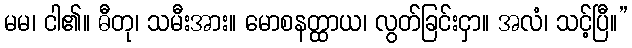
မမ၊ ငါ၏။ ဓီတု၊ သမီးအား။ မောစနတ္ထာယ၊ လွတ်ခြင်းငှာ။ အလံ၊ သင့်ပြီ။”